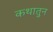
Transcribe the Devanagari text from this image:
कथातुन